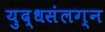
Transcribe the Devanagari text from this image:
युद्धसंलग्न